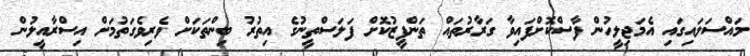
މައްސަލައިގައި އެމަޖިލީހުން ފާސްކޮށްފައިވާ ގަރާރުތައް ތަންފީޒުކޮށް ފަލަސްތީނުގެ އިތުރު ބިންތަކަށް ވެރިވެގަތުމަށް އިސްރާއީލުން